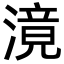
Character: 滰